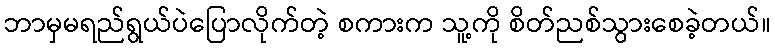
ဘာမှမရည်ရွယ်ပဲပြောလိုက်တဲ့ စကားက သူ့ကို စိတ်ညစ်သွားစေခဲ့တယ်။